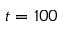
t = 1 0 0